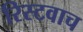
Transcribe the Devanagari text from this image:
रिस्टवाच